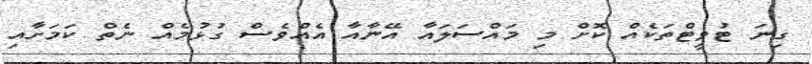
ގިނަ ޓުވީޓްތަކެއް ކޮށް މި މައްސަލައާ އޭނާއާ އެއްވެސް ގުޅުމެއް ނެތް ކަމަށާއި